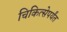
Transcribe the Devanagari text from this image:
चिकित्सेपर्यंत